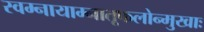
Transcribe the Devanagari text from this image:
स्वम्नायाम्नातूफलोन्मुखाः